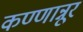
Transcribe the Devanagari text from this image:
कण्णान्नूर